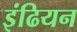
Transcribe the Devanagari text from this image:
इंढियन